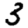
Digit: 3